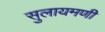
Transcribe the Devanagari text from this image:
सुलायमणी